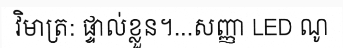
វិមាត្រ: ផ្ទាល់ខ្លួន។...សញ្ញា LED ណូ